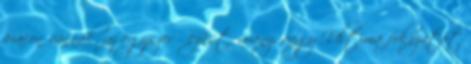
piacon vannak, az egyszerű ezüst, arany, vagy Ultima fokozatot